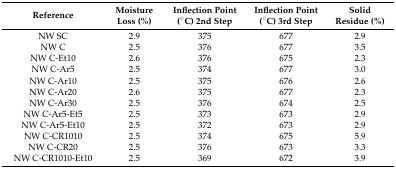
<table><thead><tr><td><b>Reference</b></td><td><b>Moisture Loss (%)</b></td><td><b>Inflection Point (°C) 2nd Step</b></td><td><b>Inflection Point (°C) 3rd Step</b></td><td><b>Solid Residue (%)</b></td></tr></thead><tbody><tr><td>NW SC</td><td>2.9</td><td>375</td><td>677</td><td>2.9</td></tr><tr><td>NW C</td><td>2.5</td><td>376</td><td>677</td><td>3.5</td></tr><tr><td>NW C-Et10</td><td>2.6</td><td>376</td><td>675</td><td>2.3</td></tr><tr><td>NW C-Ar5</td><td>2.5</td><td>374</td><td>677</td><td>3.0</td></tr><tr><td>NW C-Ar10</td><td>2.5</td><td>375</td><td>676</td><td>2.6</td></tr><tr><td>NW C-Ar20</td><td>2.6</td><td>375</td><td>677</td><td>2.3</td></tr><tr><td>NW C-Ar30</td><td>2.5</td><td>376</td><td>674</td><td>2.5</td></tr><tr><td>NW C-Ar5-Et5</td><td>2.5</td><td>373</td><td>673</td><td>2.9</td></tr><tr><td>NW C-Ar5-Et10</td><td>2.5</td><td>372</td><td>673</td><td>2.9</td></tr><tr><td>NW C-CR1010</td><td>2.5</td><td>374</td><td>675</td><td>5.9</td></tr><tr><td>NW C-CR20</td><td>2.5</td><td>376</td><td>673</td><td>3.3</td></tr><tr><td>NW C-CR1010-Et10</td><td>2.5</td><td>369</td><td>672</td><td>3.9</td></tr></tbody></table>